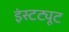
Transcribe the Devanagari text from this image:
इंस्‍टट्यूट